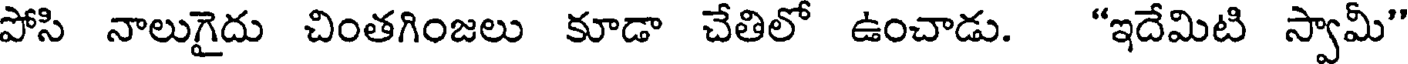
పోసి నాలుగైదు చింతగింజలు కూడా చేతిలో ఉంచాడు. "ఇదేమిటి స్వామీ"